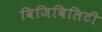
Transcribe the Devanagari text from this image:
विजिबिलिटी